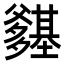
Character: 𭶽